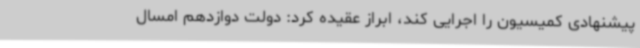
پیشنهادی کمیسیون را اجرایی کند، ابراز عقیده کرد: دولت دوازدهم امسال